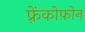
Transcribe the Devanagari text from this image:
फ़्रेंकोफ़ोन